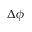
\Delta \phi